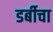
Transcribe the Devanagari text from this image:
डर्बीचा